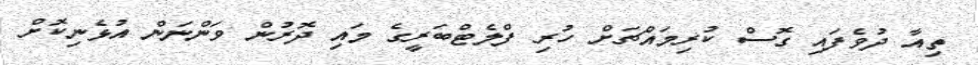
ތިއާ ދުވެފައި ގޮސް ކުރިމައްޗަށް ހުރި ފްލެޓްބަރީގެ މައި ދޮރުން ވަންނަން އުޅެނިކޮށް